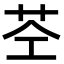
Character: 𮎥